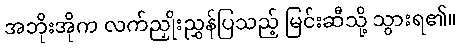
အဘိုးအိုက လက်ညှိုးညွှန်ပြသည့် မြင်းဆီသို့ သွားရ၏။